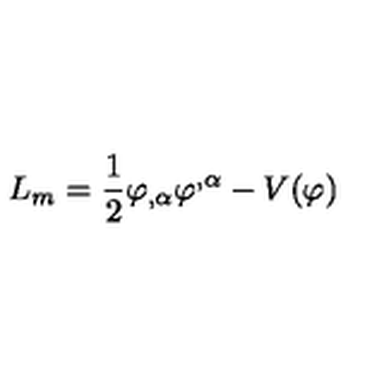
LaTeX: L _ { m } = \frac { 1 } { 2 } \varphi _ { , \alpha } \varphi ^ { , \alpha } - V ( \varphi )